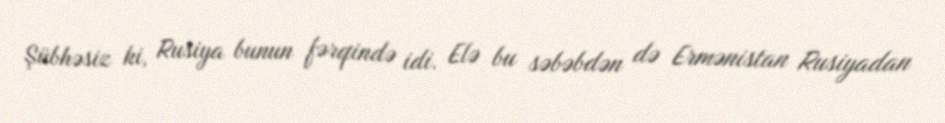
Şübhəsiz ki, Rusiya bunun fərqində idi. Elə bu səbəbdən də Ermənistan Rusiyadan